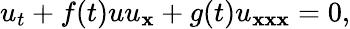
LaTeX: u_{t}+f(t)uu_{\mathbf{x}}+g(t)u_{\mathbf{x}\mathbf{x}\mathbf{x}}=0,